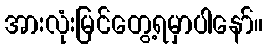
အားလုံးမြင်တွေ့ရမှာပါနော်။